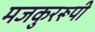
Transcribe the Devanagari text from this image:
मजकुररूपी